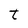
Character: t